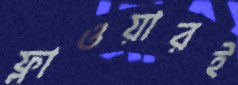
ফ্লাওয়ারই